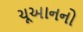
ચૂઆનનો